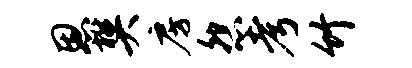
恩樊房怨考竹